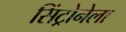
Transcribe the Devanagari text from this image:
सिंट्रोनेला